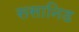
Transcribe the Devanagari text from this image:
ससानिड